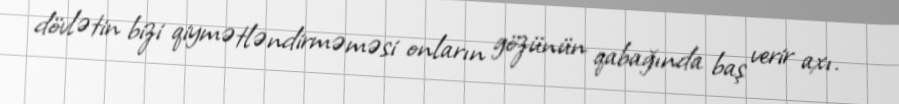
dövlətin bizi qiymətləndirməməsi onların gözünün qabağında baş verir axı.